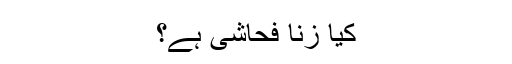
کیا زنا فحاشی ہے؟